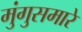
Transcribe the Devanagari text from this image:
मुंगुसमारे